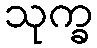
သုက္ခ